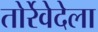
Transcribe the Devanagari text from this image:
तोर्रेवेदेला